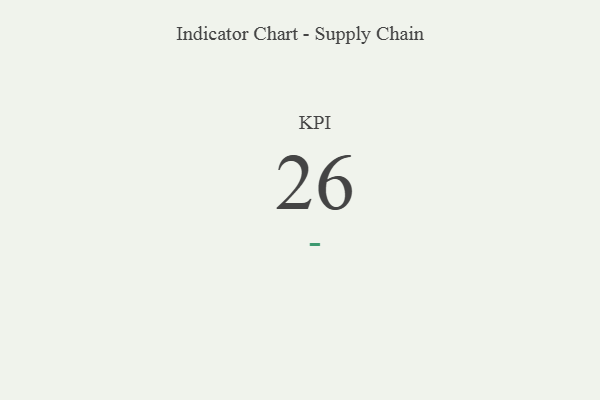
{"axis": {"x": "KPI", "y": "Value"}, "legend": [""], "data": [{"x": "KPI", "y": 26, "type": ""}]}